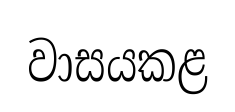
වාසයකළ